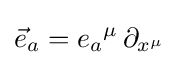
{\vec {e}}_{a}={e_{a}}^{\mu }\,\partial _{x^{\mu }}